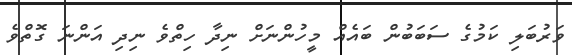
ވަރުބަލި ކަމުގެ ސަބަބުން ބައެއް މީހުންނަށް ނިދާ ހިތްވެ ނިދި އަންނަ ގޮތްވެ